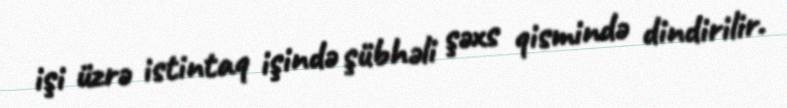
işi üzrə istintaq işində şübhəli şəxs qismində dindirilir.